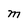
Character: M